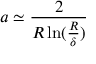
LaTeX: a \simeq { \frac { 2 } { R \ln ( { \frac { R } { \delta } } ) } }